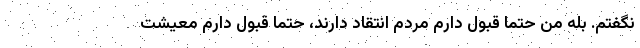
نگفتم. بله من حتماً قبول دارم مردم انتقاد دارند، حتماً قبول دارم معیشت